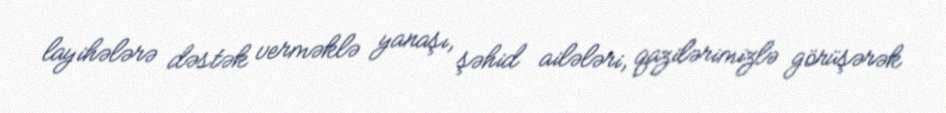
layihələrə dəstək verməklə yanaşı, şəhid ailələri, qazilərimizlə görüşərək